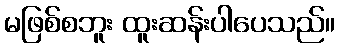
မဖြစ်စဘူး ထူးဆန်းပါပေသည်။